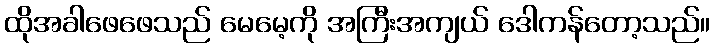
ထိုအခါဖေဖေသည် မေမေ့ကို အကြီးအကျယ် ဒေါကန်တော့သည်။